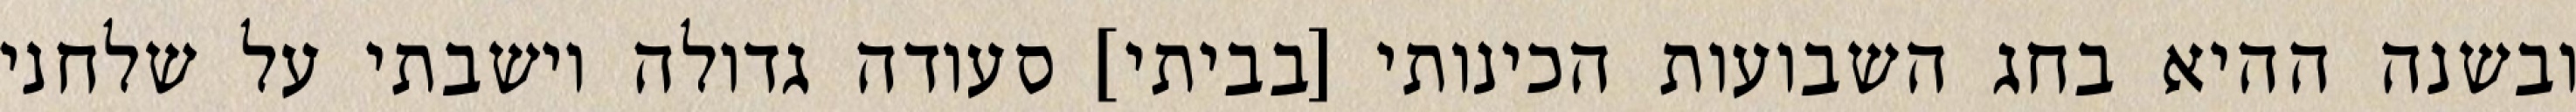
ובשנה ההיא בחג השבועות הכינותי [בביתי] סעודה גדולה וישבתי על שלחני